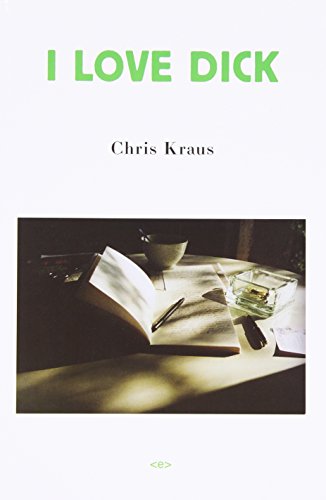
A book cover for I Love Dick (Semiotext(e) / Native Agents); Chris Kraus; Literature & Fiction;